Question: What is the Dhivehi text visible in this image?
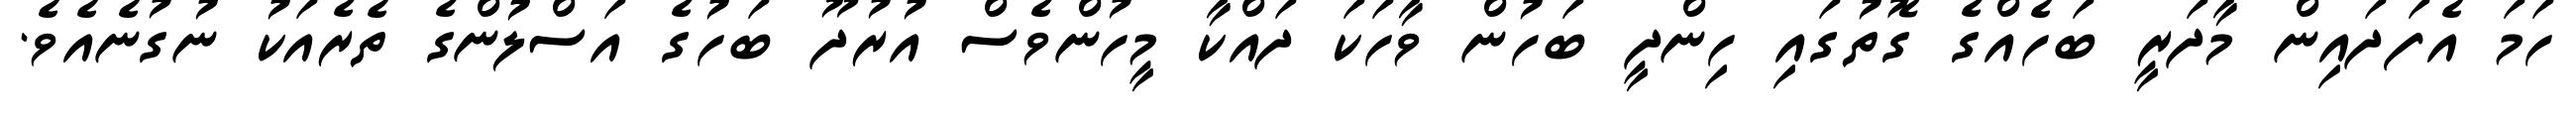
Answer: ހަމަ އެފަދައިން މާދަރީ ބަހެއްގެ ގޮތުގައި ހިންދީ ބަހުން ވާހަކަ ދައްކާ މީހުންވެސް އުރުދޫ ބަހުގެ އަސްލުންގެ ތެރެއަކު ނުގުނެއެވެ.